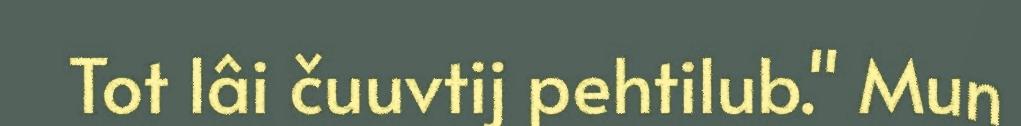
Tot lâi čuuvtij pehtilub." Mun